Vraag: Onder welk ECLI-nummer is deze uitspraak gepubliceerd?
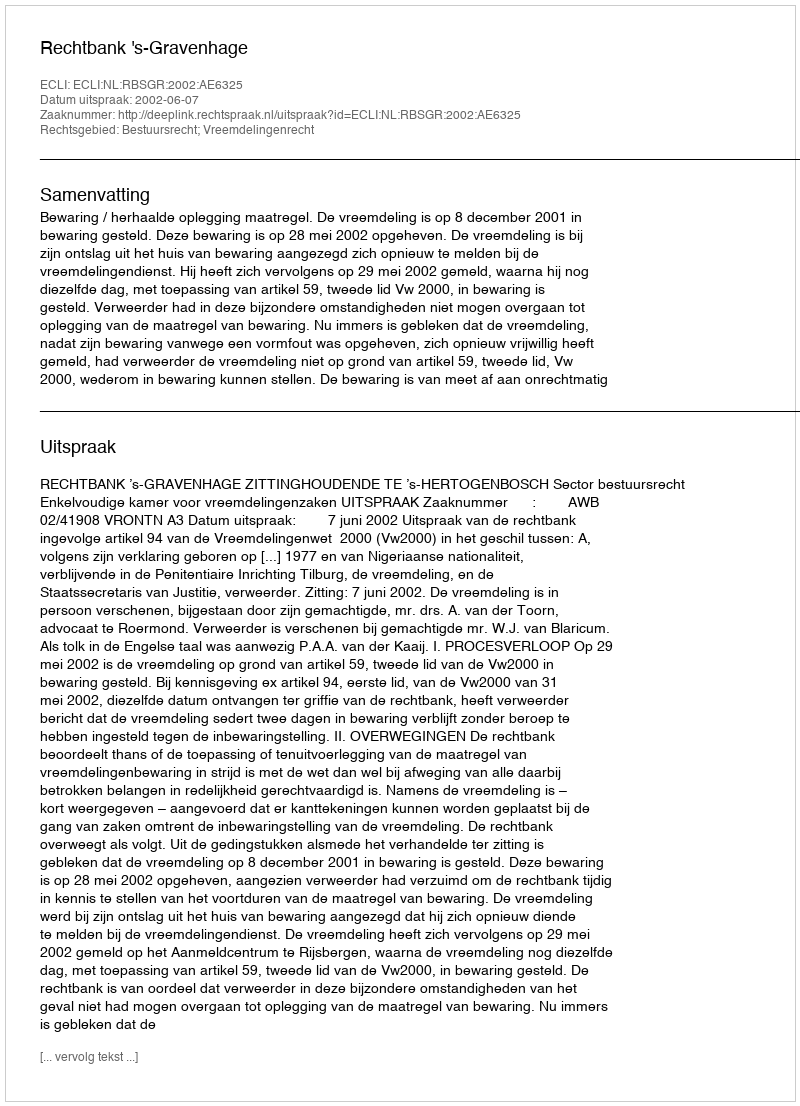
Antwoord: ECLI:NL:RBSGR:2002:AE6325